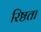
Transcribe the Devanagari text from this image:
रिष्ठता